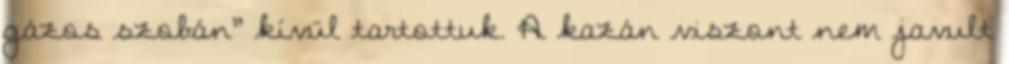
gázos szobán” kívül tartottuk. A kazán viszont nem javult